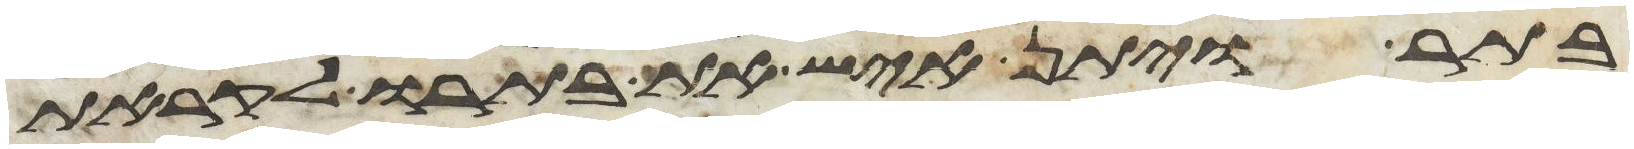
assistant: בתור ויתן איש את בתרו לקראת